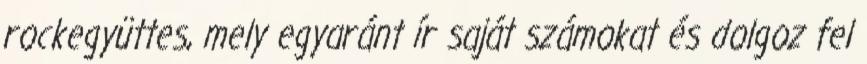
rockegyüttes, mely egyaránt ír saját számokat és dolgoz fel